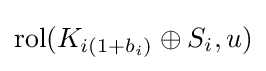
\operatorname {rol} (K_{i(1+b_{i})}\oplus S_{i},u)